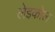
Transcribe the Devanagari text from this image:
लेइकोल